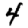
Digit: 4